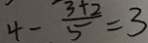
4 - \frac { 3 + 2 } { 5 } = 3